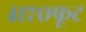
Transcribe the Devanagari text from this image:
४१७०फूट